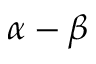
\alpha - \beta